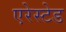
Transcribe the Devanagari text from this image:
एरेस्टेड